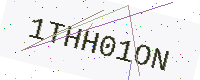
Text: 1THH01ON